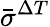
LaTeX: \bar{\sigma}^{\Delta T}